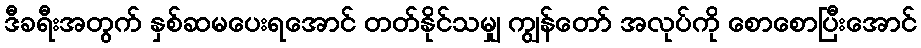
ဒီခရီးအတွက် နှစ်ဆမပေးရအောင် တတ်နိုင်သမျှ ကျွန်တော် အလုပ်ကို စောစောပြီးအောင်